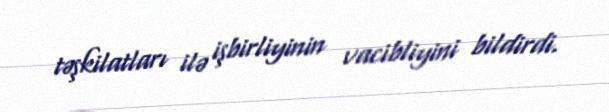
təşkilatları ilə işbirliyinin vacibliyini bildirdi.